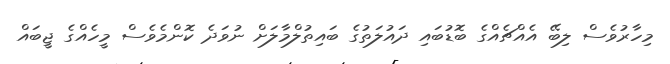
މިހާރުވެސް ލިބޭ އެއްޗެއްގެ ބޮޑުބައި ދައުލަތުގެ ބައިތުލްމާލަށް ނުވަދެ ކޮންމެވެސް މީހެއްގެ ޖީބައް